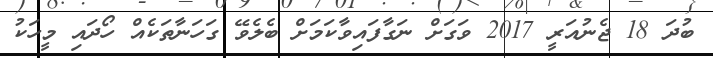
ބުދަ 18 ޖެނުއަރީ 2017 ވަގަށް ނަގާފައިވާކަމަށް ބެލެވޭ ގަހަނާތަކެއް ހޯދައި މީހަކު